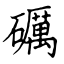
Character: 礪